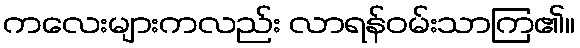
ကလေးများကလည်း လာရန်ဝမ်းသာကြ၏။